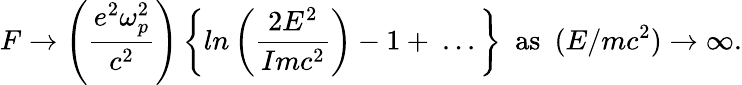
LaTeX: F\to\left({\frac{e^{2}\omega_{p}^{2}}{c^{2}}}\right)\left\{ ln\left({\frac{2E^{2}}{Imc^{2}}}\right)-1+\ ...\right\} \ \ \mathrm{as}\ \ (E/mc^{2})\to\infty.